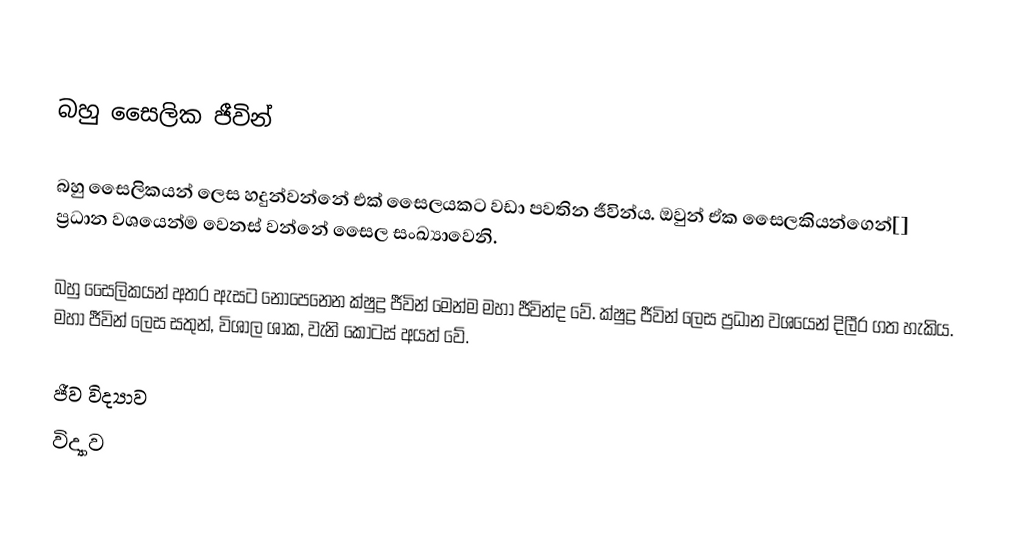

බහු සෛලික ජීවින්

බහු සෛලිකයන් ලෙස හදුන්වන්නේ එක් සෛලයකට වඩා පවතින ජීවින්ය. ඔවුන් ඒක සෛලකියන්ගෙන්[] ප්‍රධාන වශයෙන්ම වෙනස් වන්නේ සෛල සංඛ්‍යාවෙනි.

බහු සෛලිකයන් අතර ඇසට නොපෙනෙන ක්ෂුද්‍ර ජීවින් මෙන්ම මහා ජීවින්ද වේ. ක්ෂුද්‍ර ජීවින් ලෙස ප්‍රධාන වශයෙන් දිලීර ගත හැකිය. මහා ජීවින් ලෙස සතුන්, විශාල ශාක, වැනි කොටස් අයත් වේ.

ජීව විද්‍යාව
විද්‍යාව